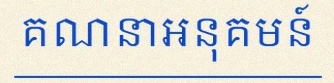
គណនាអនុគមន៍